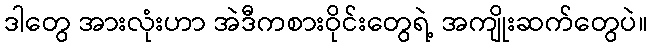
ဒါတွေ အားလုံးဟာ အဲဒီကစားဝိုင်းတွေရဲ့ အကျိုးဆက်တွေပဲ။